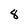
Character: 8